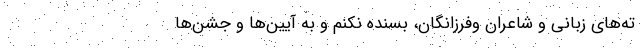
ته‌های زبانی و شاعران وفرزانگان، بسنده نکنم و به آیین‌ها و جشن‌ها